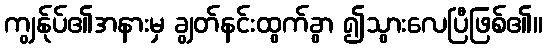
ကျွန်ုပ်၏အနားမှ ချွတ်နင်းထွက်ခွာ ၍သွားလေပြီဖြစ်၏။